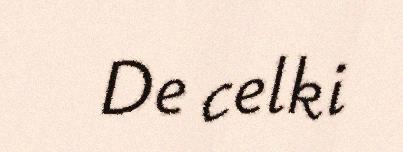
De celki